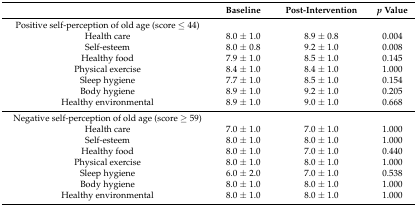
<table><thead><tr><td></td><td><b>Baseline</b></td><td><b>Post-Intervention</b></td><td><b><i>p</i> Value</b></td></tr></thead><tbody><tr><td>Positive self-perception of old age (score ≤ 44)</td><td></td><td></td><td></td></tr><tr><td>Health care</td><td>8.0 ± 1.0</td><td>8.9 ± 0.8</td><td>0.004</td></tr><tr><td>Self-esteem</td><td>8.0 ± 0.8</td><td>9.2 ± 1.0</td><td>0.008</td></tr><tr><td>Healthy food</td><td>7.9 ± 1.0</td><td>8.5 ± 1.0</td><td>0.145</td></tr><tr><td>Physical exercise</td><td>8.4 ± 1.0</td><td>8.4 ± 1.0</td><td>1.000</td></tr><tr><td>Sleep hygiene</td><td>7.7 ± 1.0</td><td>8.5 ± 1.0</td><td>0.154</td></tr><tr><td>Body hygiene</td><td>8.9 ± 1.0</td><td>9.2 ± 1.0</td><td>0.205</td></tr><tr><td>Healthy environmental</td><td>8.9 ± 1.0</td><td>9.0 ± 1.0</td><td>0.668</td></tr><tr><td>Negative self-perception of old age (score ≥ 59)</td><td></td><td></td><td></td></tr><tr><td>Health care</td><td>7.0 ± 1.0</td><td>7.0 ± 1.0</td><td>1.000</td></tr><tr><td>Self-esteem</td><td>8.0 ± 1.0</td><td>8.0 ± 1.0</td><td>1.000</td></tr><tr><td>Healthy food</td><td>8.0 ± 1.0</td><td>7.0 ± 1.0</td><td>0.440</td></tr><tr><td>Physical exercise</td><td>8.0 ± 1.0</td><td>8.0 ± 1.0</td><td>1.000</td></tr><tr><td>Sleep hygiene</td><td>6.0 ± 2.0</td><td>7.0 ± 1.0</td><td>0.538</td></tr><tr><td>Body hygiene</td><td>8.0 ± 1.0</td><td>8.0 ± 1.0</td><td>1.000</td></tr><tr><td>Healthy environmental</td><td>8.0 ± 1.0</td><td>8.0 ± 1.0</td><td>1.000</td></tr></tbody></table>